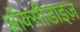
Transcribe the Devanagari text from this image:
ऑक्सीडाइज़